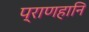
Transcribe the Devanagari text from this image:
प्राणहानि